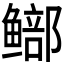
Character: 𫚨